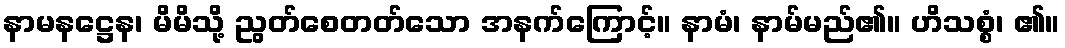
နာမနဋ္ဌေန၊ မိမိသို့ ညွတ်စေတတ်သော အနက်ကြောင့်။ နာမံ၊ နာမ်မည်၏။ ဟိသစ္စံ၊ ၏။